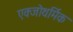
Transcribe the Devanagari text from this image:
एक्जोथर्मिक